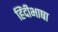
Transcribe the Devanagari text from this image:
हिंदीभाषा